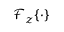
\ensuremath { \mathcal { F } } _ { z } \{ \cdot \}